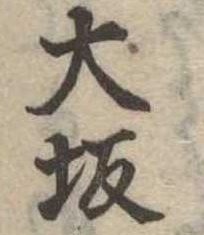
大坂